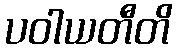
ပဝါယတီတိ